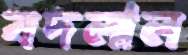
বদলাল